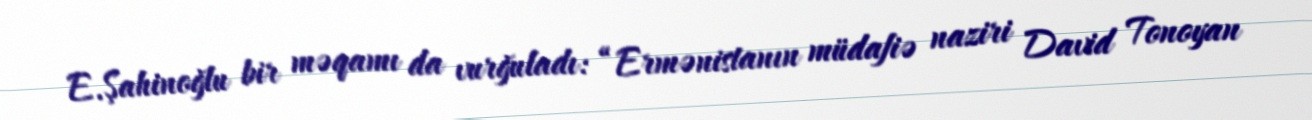
E.Şahinoğlu bir məqamı da vurğuladı: “Ermənistanın müdafiə naziri David Tonoyan